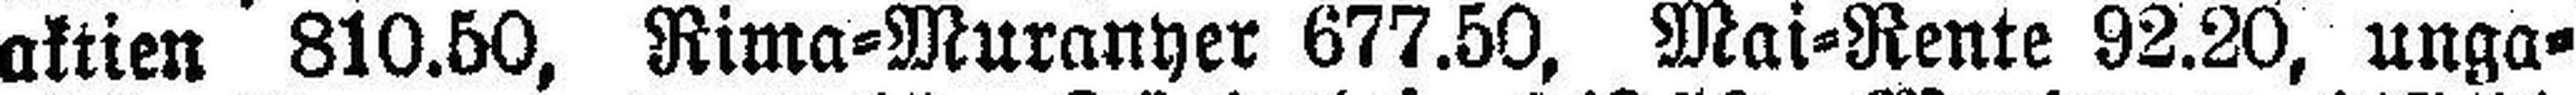
aktien 810.50, Rima=Muranyer 677.50, Mai=Rente 92.20, unga¬